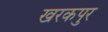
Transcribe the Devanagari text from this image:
खरकपुर